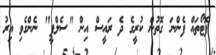
ފޮޓޯތައް ފެންނަ ގޮތުން ކުރީގެ ދެ ރައީސް އިން "ސެލްފީ" ނެންގެވި އިރު